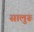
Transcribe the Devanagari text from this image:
सालुरू